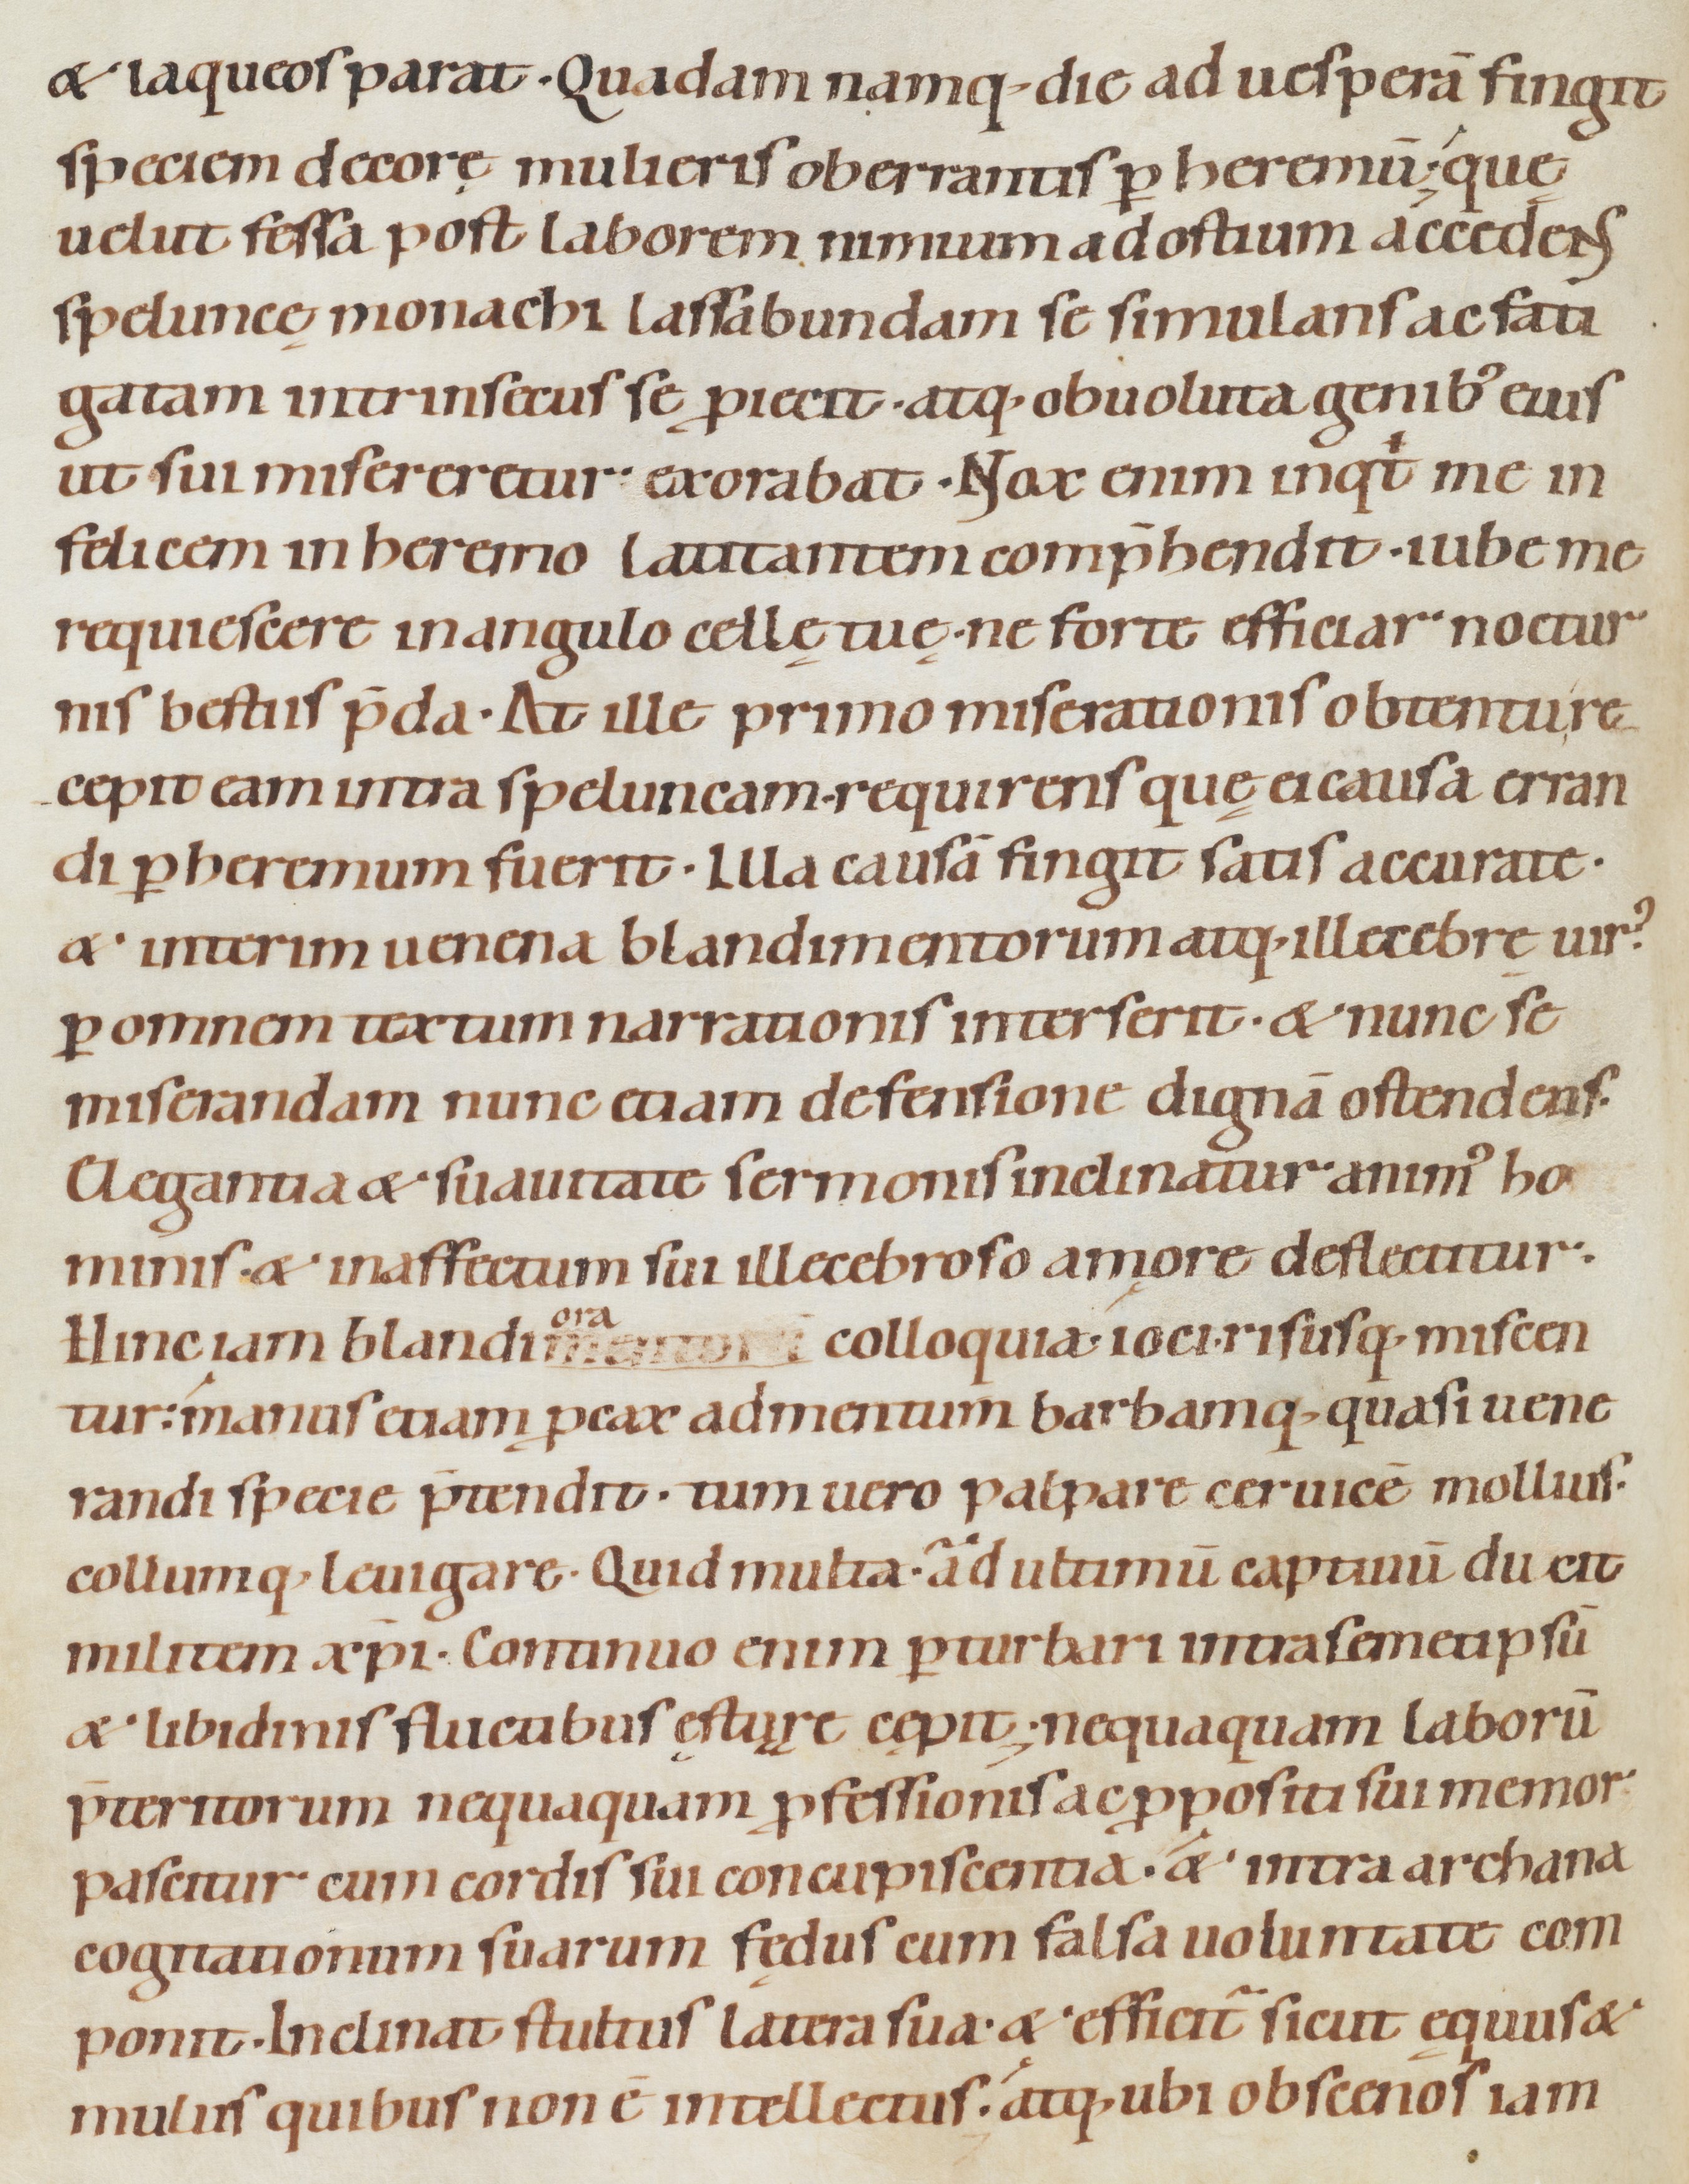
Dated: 1080–1096